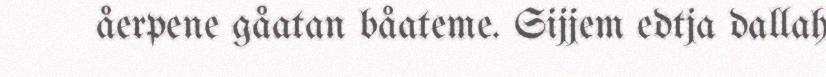
åerpene gåatan båateme. Sijjem edtja dallah